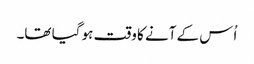
اُس کے آنے کا وقت ہو گیا تھا۔